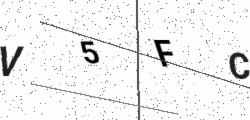
Text: V5FC